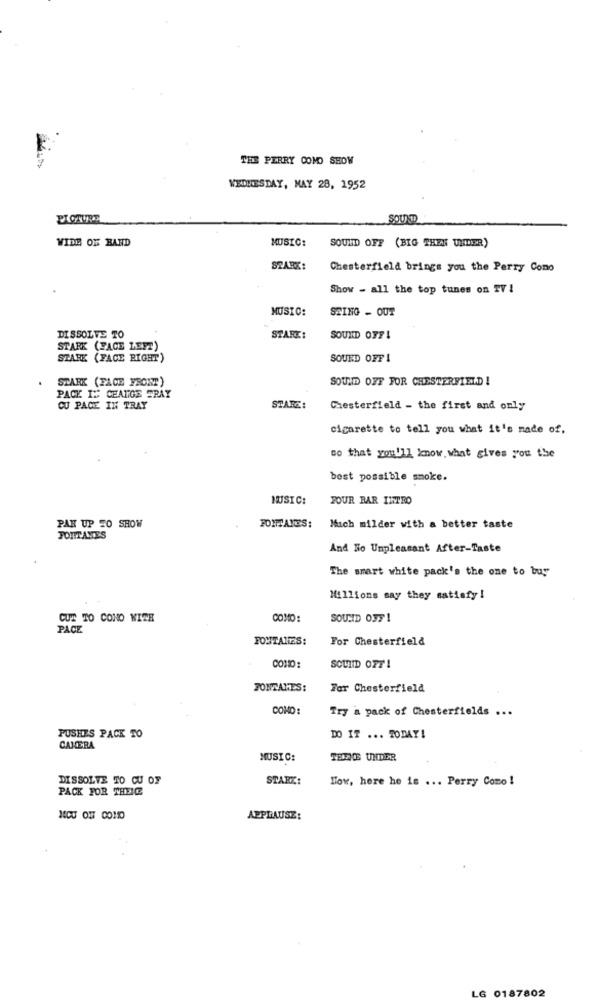
THE PERRY COMO SHOW
WEDNESDAY, MAY 28, 1952
PICTURE
SOUND
VIDE OF BAND
MUSIC:
SOUND OFF (BIG THEN UNDER)
STARK:
Chesterfield brings you the Perry Como
Show - all the top tunes on TV !
MUSIC:
SZING - OUT
DISSOLVE TO
STARK:
SOUND OFF!
STARK (FACE LEFT)
STARK (FACE RIGHT)
SOUND OFF!
STARK (FACE FRONT)
SOUND OFF FOR CHESTERFIELD !
PACK I: CEANGE FRAY
CU PACE IN TRAY
STARE:
Chesterfield - the first and only
cigarette to tell you what it's made of.
so that you'll know. what gives you the
best possible smoke.
MUSIC:
JOUR BAR INTRO
PAK UP TO SHOW
FONTANES:
Much milder with a better taste
FONTANES
And No Unpleasant After-Taste
The smart white pack's the one to buy
Millions say they satisfy !
CUT TO CONO NITE
COMO:
SOUND OFF !
PACK
FONTANES:
For Chesterfield
COMO:
SOUND OFF !
FONTANES:
For Chesterfield
COMO:
Try a pack of Chesterfields ...
PUSHES PACK TO
DO IT ... TODAY!
CAMERA
MUSIC:
TEDICE UNDER
DISSOLVE TO CU OF
STARK:
How, here he is ... Perry Como!
PACK FOR THEICE
APPLAUSE:
LG 0187802